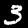
Digit: 3